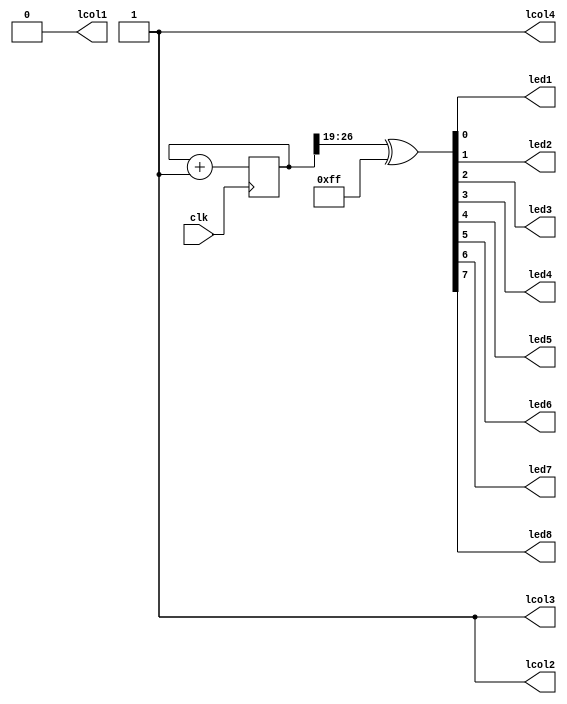
/*
 *  
 *  Copyright(C) 2018 Gerald Coe, Devantech Ltd <gerry@devantech.co.uk>
 * 
 *  Permission to use, copy, modify, and/or distribute this software for any purpose with or
 *  without fee is hereby granted, provided that the above copyright notice and 
 *  this permission notice appear in all copies.
 * 
 *  THE SOFTWARE IS PROVIDED "AS IS" AND THE AUTHOR DISCLAIMS ALL WARRANTIES WITH REGARD TO
 *  THIS SOFTWARE INCLUDING ALL IMPLIED WARRANTIES OF MERCHANTABILITY AND FITNESS. 
 *  IN NO EVENT SHALL THE AUTHOR BE LIABLE FOR ANY SPECIAL, DIRECT, INDIRECT, OR CONSEQUENTIAL 
 *  DAMAGES OR ANY DAMAGES WHATSOEVER RESULTING FROM LOSS OF USE, DATA OR PROFITS, WHETHER IN
 *  AN ACTION OF CONTRACT, NEGLIGENCE OR OTHER TORTIOUS ACTION, ARISING OUT OF OR IN 
 *  CONNECTION WITH THE USE OR PERFORMANCE OF THIS SOFTWARE.
 * 
 */


// Blink an LED provided an input clock
/* module */
module top (clk, led1, led2, led3, led4, led5, led6, led7, led8, lcol1, lcol2, lcol3, lcol4 );
    /* I/O */
    input clk;
    output led1;
    output led2;
    output led3;
    output led4;
    output led5;
    output led6;
    output led7;
    output led8;
    output lcol1;
    output lcol2;
    output lcol3;
    output lcol4;

    /* Counter register */
    reg [31:0] counter = 32'b0;

    /* LED drivers - counter is inverted for display because leds are active low */
    assign {led8, led7, led6, led5, led4, led3, led2, led1} = counter[26:19] ^ 8'hff; 
    assign {lcol4, lcol3, lcol2, lcol1} = 4'b1110;


    /* Count up on every edge of the incoming 12MHz clk */
    always @ (posedge clk) begin
        counter <= counter + 1;
    end

endmodule